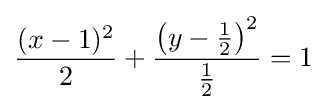
{\frac {(x-1)^{2}}{2}}+{\frac {\left(y-{\frac {1}{2}}\right)^{2}}{\frac {1}{2}}}=1